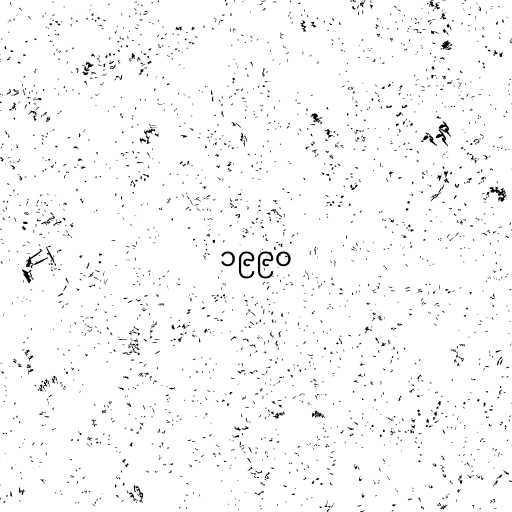
၁၉၉၀